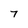
Character: 7